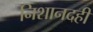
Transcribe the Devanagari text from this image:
निशानदही